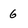
Character: 6